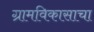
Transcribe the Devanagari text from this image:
ग्रामविकासाचा